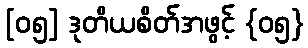
[၀၅] ဒုတိယစိတ်အဖွင့် {၀၅}